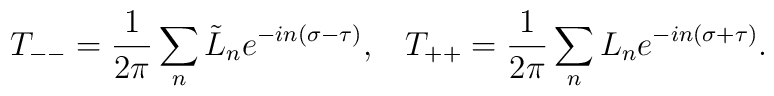
T_{--}=\frac{1}{2\pi}\sum_n\tilde{L}_n e^{-in(\sigma-\tau)},\;\;\;T_{++}=\frac{1}{2\pi}\sum_n L_n e^{-in(\sigma+\tau)}.